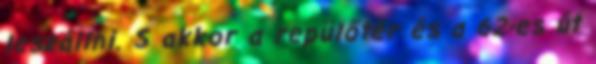
leszállni. S akkor a repülőtér és a 62­-es út